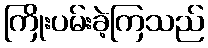
ကြိုးပမ်းခဲ့ကြသည်